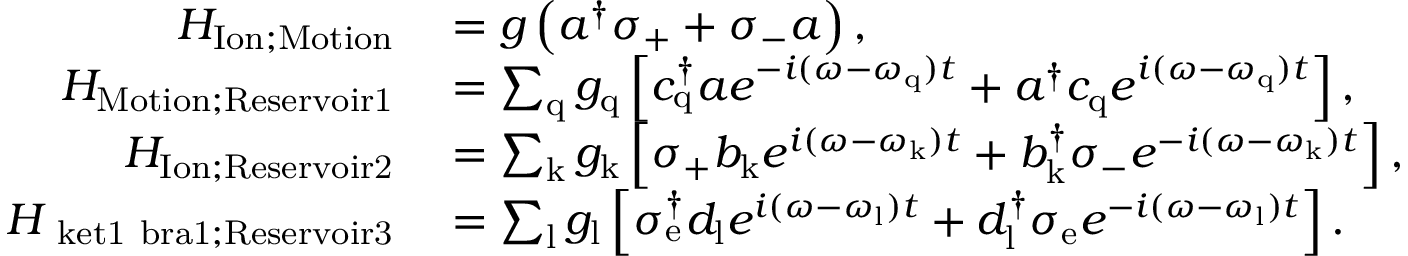
\begin{array} { r l } { H _ { \mathrm { I o n ; M o t i o n } } } & { { } = g \left( a ^ { \dagger } \sigma _ { \mathrm { + } } + \sigma _ { \mathrm { - } } a \right) , } \\ { H _ { \mathrm { M o t i o n ; R e s e r v o i r 1 } } } & { { } = \sum _ { \mathrm { q } } g _ { \mathrm { q } } \left[ c _ { \mathrm { q } } ^ { \dagger } a e ^ { - i ( \omega - \omega _ { \mathrm { q } } ) t } + a ^ { \dagger } c _ { \mathrm { q } } e ^ { i ( \omega - \omega _ { \mathrm { q } } ) t } \right] , } \\ { H _ { \mathrm { I o n ; R e s e r v o i r 2 } } } & { { } = \sum _ { \mathrm { k } } g _ { \mathrm { k } } \left[ \sigma _ { \mathrm { + } } b _ { \mathrm { k } } e ^ { i ( \omega - \omega _ { \mathrm { k } } ) t } + b _ { \mathrm { k } } ^ { \dagger } \sigma _ { \mathrm { - } } e ^ { - i ( \omega - \omega _ { \mathrm { k } } ) t } \right] , } \\ { H _ { \mathrm { \ k e t { 1 } \ b r a { 1 } ; R e s e r v o i r 3 } } } & { { } = \sum _ { \mathrm { l } } g _ { \mathrm { l } } \left[ \sigma _ { \mathrm { e } } ^ { \dagger } d _ { \mathrm { l } } e ^ { i ( \omega - \omega _ { \mathrm { l } } ) t } + d _ { \mathrm { l } } ^ { \dagger } \sigma _ { \mathrm { e } } e ^ { - i ( \omega - \omega _ { \mathrm { l } } ) t } \right] . } \end{array}